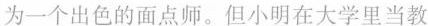
为一个出色的面点师。但小明在大学里当教